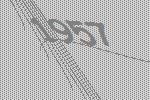
1957